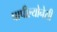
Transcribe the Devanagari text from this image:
पापील्योनेसी